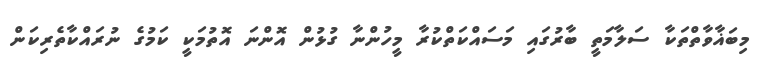
މިބަޣާވާތްތަކާ ސަލާމަތީ ބާރުގައި މަސައްކަތްކުރާ މީހުންނާ ގުޅުން އޮންނަ އޮތުމަކީ ކަމުގެ ނުރައްކާތެރިކަން